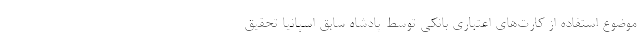
موضوع استفاده از کارت‌های اعتباری بانکی توسط پادشاه سابق اسپانیا تحقیق